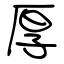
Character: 厚